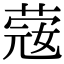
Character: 䓻